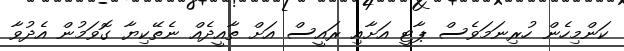
ކަންމިހެން ހުރިނަމަވެސް ޕާޓީ އަށާއި ރައީސް އަށް ތާއީދެއް ނެތޭކިޔާ ގޮވަމުން އެދުވާ